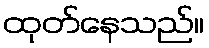
ထုတ်နေသည်။